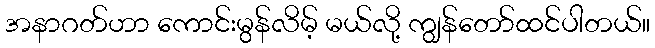
အနာဂတ်ဟာ ကောင်းမွန်လိမ့် မယ်လို့ ကျွန်တော်ထင်ပါတယ်။